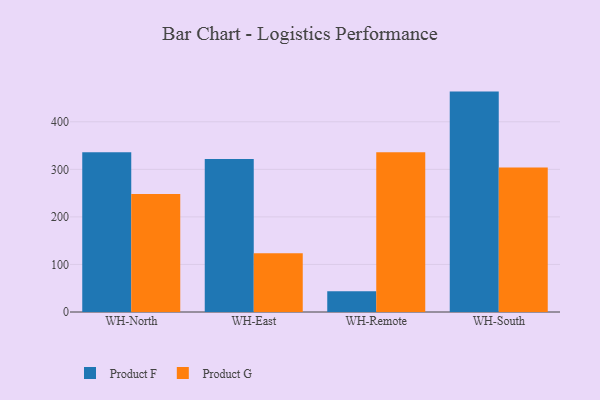
{"axis": {"x": "Warehouse", "y": "Latency (ms)"}, "legend": ["Product F", "Product G"], "data": [{"x": "WH-North", "y": 335.9, "type": "Product F"}, {"x": "WH-North", "y": 248.3, "type": "Product G"}, {"x": "WH-East", "y": 321.8, "type": "Product F"}, {"x": "WH-East", "y": 123.6, "type": "Product G"}, {"x": "WH-Remote", "y": 43.6, "type": "Product F"}, {"x": "WH-Remote", "y": 336.0, "type": "Product G"}, {"x": "WH-South", "y": 463.5, "type": "Product F"}, {"x": "WH-South", "y": 303.8, "type": "Product G"}]}